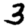
Digit: 3